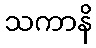
သကာနိ